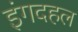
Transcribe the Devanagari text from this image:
इंगदहल